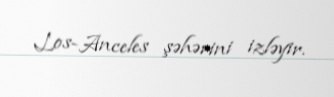
Los-Anceles şəhərini izləyir.